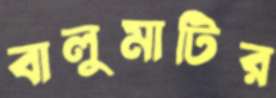
বালুমাটির